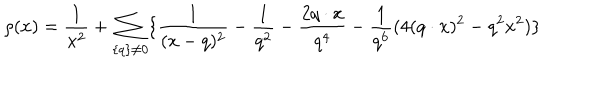
\rho ( x ) = \frac { 1 } { x ^ { 2 } } + \sum _ { \{ q \} \neq 0 } \{ \frac { 1 } { ( x - q ) ^ { 2 } } - \frac { 1 } { q ^ { 2 } } - \frac { 2 q \cdot x } { q ^ { 4 } } - \frac { 1 } { q ^ { 6 } } ( 4 ( q \cdot x ) ^ { 2 } - q ^ { 2 } x ^ { 2 } ) \}